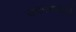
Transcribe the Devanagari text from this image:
तपस्यावाले